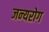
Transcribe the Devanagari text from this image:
जन्‍यरोग